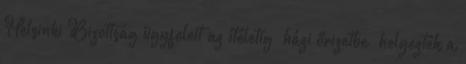
Helsinki Bizottság ügyfeleit az ítéletig „házi őrizetbe” helyezték a